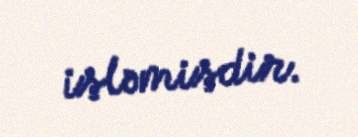
işləmişdir.